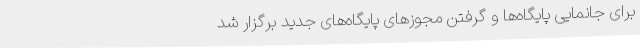
برای جانمایی پایگاه‌ها و گرفتن مجوزهای پایگاه‌های جدید برگزار شد